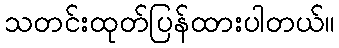
သတင်းထုတ်ပြန်ထားပါတယ်။